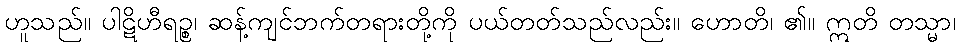
ဟူသည်။ ပါဋိဟီရဉ္စ၊ ဆန့်ကျင်ဘက်တရားတို့ကို ပယ်တတ်သည်လည်း။ ဟောတိ၊ ၏။ ဣတိ တသ္မာ၊